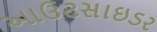
આઉટસાઇડર